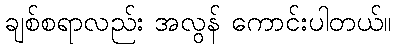
ချစ်စရာလည်း အလွန် ကောင်းပါတယ်။